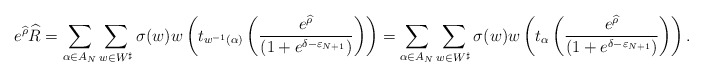
\begin{align*}e^{\widehat{\rho}} \widehat{R} = \sum_{\alpha\in A_N}\sum_{w\in W^\sharp}\sigma(w) w\left( t_{w^{-1}(\alpha)} \left(\frac{e^{\widehat{\rho}}}{(1+e^{\delta-\varepsilon_{N+1}})}\right)\right)= \sum_{\alpha\in A_N}\sum_{w\in W^\sharp}\sigma(w) w\left( t_{\alpha} \left(\frac{e^{\widehat{\rho}}}{(1+e^{\delta-\varepsilon_{N+1}})}\right)\right).\end{align*}